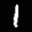
Label: 1